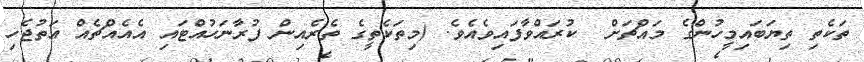
ތަކެތި ތިޔަބައިމީހުންގެ މައްޗަށް  ކުރައްވާފައިވެއެވެ. (މިތަކެތީގެ ތެރެއިން ފުރާނަހުއްޓައި އެއެއްޗެއް އަތުޖެހި